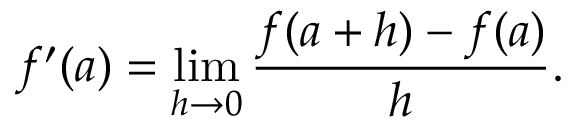
f ^ { \prime } ( a ) = \operatorname* { l i m } _ { h \to 0 } { \frac { f ( a + h ) - f ( a ) } { h } } .